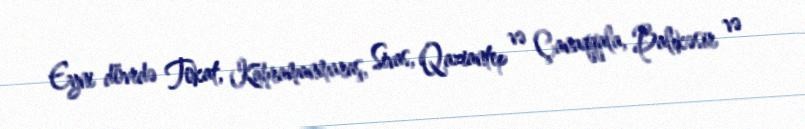
Eyni dövrdə Tokat, Kahramanmaraş, Sivas, Qaziantep və Çanaqqala, Balıkəsir və